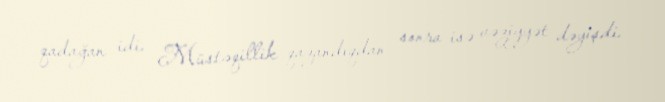
qadağan idi. Müstəqillik qazandıqdan sonra isə vəziyyət dəyişdi.